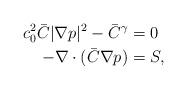
LaTeX: \begin{align*} c_0^2 \bar{C}|\nabla p|^2 - \bar{C}^\gamma &= 0 \\ -\nabla \cdot (\bar{C} \nabla p)&=S,\end{align*}